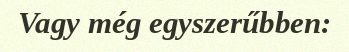
Vagy még egyszerűbben: